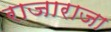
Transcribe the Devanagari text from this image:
राजाराजा